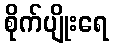
စိုက်ပျိုးရေ